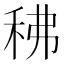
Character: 䄶